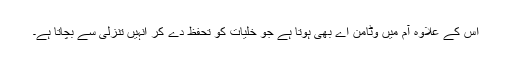
اس کے علاوہ آم میں وٹامن اے بھی ہوتا ہے جو خلیات کو تحفظ دے کر انہیں تنزلی سے بچاتا ہے۔